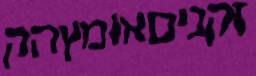
זקניםאומץהק